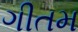
ગીતમ